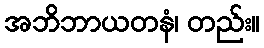
အဘိဘာယတနံ၊ တည်း။